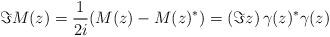
LaTeX: \begin{align*}\Im M(z) = \frac{1}{2i}(M(z) - M(z)^*) = (\Im z)\,\gamma(z)^*\gamma(z)\end{align*}